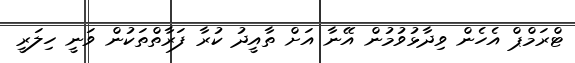
ޓްރަމްޕް އެހެން ވިދާޅުވުމުން އޭނާ އަށް ތާއީދު ކުރާ ފަރާތްތަކުން ވަނީ ހިލަރީ